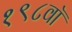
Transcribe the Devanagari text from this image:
१९८वॉ